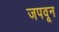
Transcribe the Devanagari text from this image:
जपवून